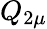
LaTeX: Q_{2\mu}